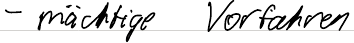
- mächtige Vorfahren